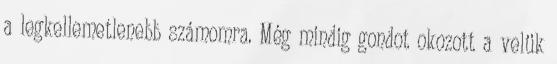
a legkellemetlenebb számomra. Még mindig gondot okozott a velük